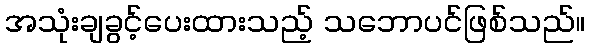
အသုံးချခွင့်ပေးထားသည့် သဘောပင်ဖြစ်သည်။